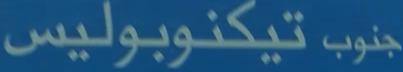
جنوب تيكنوبوليس